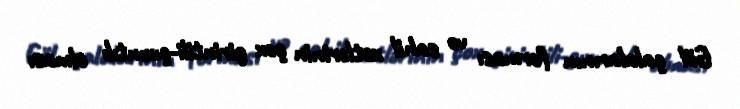
Göl çalalarının forması və sahil xətlərinin çox girintili-çıxıntılı olması